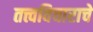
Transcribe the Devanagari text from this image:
तत्त्वविचाराचे